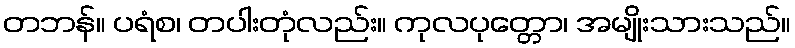
တဘန်။ ပရံစ၊ တပါးတုံလည်း။ ကုလပုတ္တော၊ အမျိုးသားသည်။